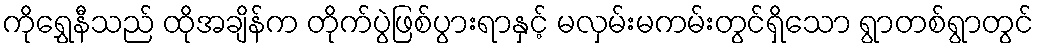
ကိုရွှေနီသည် ထိုအချိန်က တိုက်ပွဲဖြစ်ပွားရာနှင့် မလှမ်းမကမ်းတွင်ရှိသော ရွာတစ်ရွာတွင်